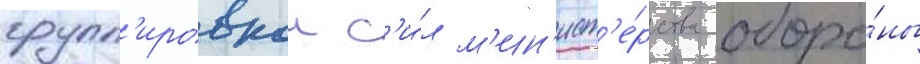
групп'ировкои с'и́л м'ин'ист'е́рства оборо́ны